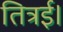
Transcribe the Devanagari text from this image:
तित्रई।